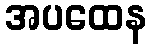
အပထေန